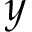
y